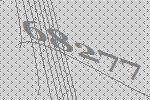
68277